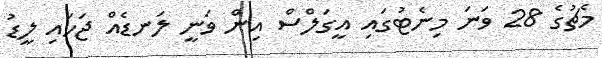
މެޗުގެ 28 ވަނަ މިނެޓުގައި އީގަލްސް އިން ވަނީ ލަނޑެއް ޖަހައި ލީޑު